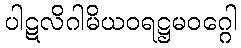
ပါဋလိဂါမိယဝရဋ္ဌမဝဂ္ဂေါ